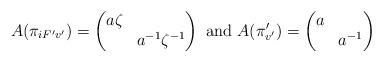
LaTeX: \begin{align*}A(\pi_{iF'v'})=\begin{pmatrix} a\zeta & \\ & a^{-1} \zeta^{-1}\end{pmatrix}\textrm{ and }A(\pi_{v'}')=\begin{pmatrix} a &\\ & a^{-1}\end{pmatrix}\end{align*}